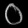
Digit: ၀